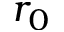
r _ { 0 }